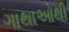
ગાથાઓથી